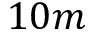
1 0 m